Scientific memoirs by medical officers of the Army of India - Part IX,
Year: 1895
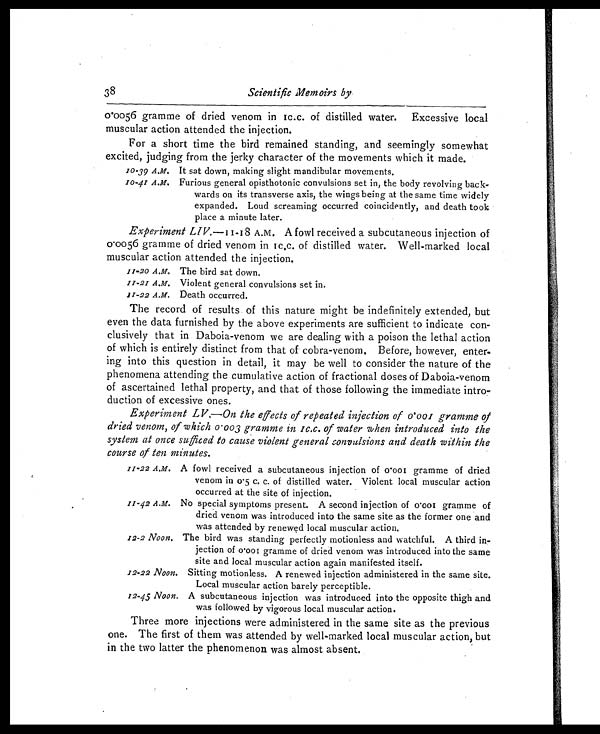
10-39 A.M.
10-41 A.M.
11-20 A.M.
1 1 - 2 2 A . M
1 1 - 2 2 A . M .
11-22 A.M.
11-42 A.M.
12-2 Noon.
12-22 Noon.
12-45 Noon.
38 Scientific Memoirs by
0.0056 gramme of dried venom in 1c.c. of distilled water. Excessive local
muscular action attended the injection.
For a short time the bird remained standing, and seemingly somewhat
excited, judging from the jerky character of the movements which it made.
It sat down, making slight mandibular movements.
Furious general opisthotonic convulsions set in, the body revolving back-
wards on its transverse axis, the wings being at the same time widely
expanded. Loud screaming occurred coincidently, and death took
place a minute later.
Experiment LIV.—11-18 A.M. A fowl received a. subcutaneous injection of
0.0056 gramme of dried venom in 1 c.c. of distilled water. Well-marked local
muscular action attended the injection.
The bird sat down.
Violent general convulsions set in
Death occurred.
The record of results of this nature might be indefinitely extended, but
even the data furnished by the above experiments are sufficient to indicate con-
clusively that in Daboia-venom we are dealing with a poison the lethal action
of which is entirely distinct from that of cobra-venom, Before, however, enter-
ing into this question in detail, it may be well to consider the nature of the
phenomena attending the cumulative action of fractional doses of Daboia-venom
of ascertained lethal property, and that of those following the immediate intro-
duction of excessive ones.
Ex p e r i me n t LV. —On t h e e f f e c t s o f r e p e a t e d i n j e c t i o n o f 0 . 0 0 1 g r a mme o f
dried venom, of which 0.003 gramme in 1c.c. of water when introduced into the
system at once sufficed to cause violent general convulsions and death within the
course of ten minutes.
A f o w l r e c e i v e d a s u b c u t a n e o u s i n j e c t i o n o f w o o l g r a m m e o f d r i e d
venom in 0.5 c. c. of distilled water. Violent local muscular action
occurred at the site of injection.
No special symptoms present. A second injection of 0.001 gramme of
dried venom was introduced into the same site as the former one and
was attended by renewed local muscular action.
The bird was standing perfectly motionless and watchful. A third in-
jection of wool gramme of dried venom was introduced into the same
site and local muscular action again manifested itself.
Sitting motionless. A renewed injection administered in the same site.
Local muscular action barely perceptible.
A subcutaneous injection was introduoed into the opposite thigh and
was followed by vigorous local muscular action.
Three more injections were administered in the same site as the previous
one. The first of them was attended by well-marked local muscular action, but
in the two latter the phenomenon was almost absent.